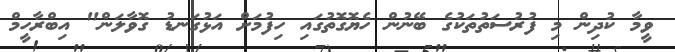
ވީމާ ކުދިން މި ފުރުސަތުތަކުގެ ބޭނުން ހެޔޮގޮތުގައި ހިފުމަށް އަޅުގަނޑު ގޮވާލަން" އިބްރާހީމް